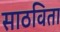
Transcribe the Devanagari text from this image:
साठविता